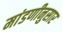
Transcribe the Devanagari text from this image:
मांडणीनुसार